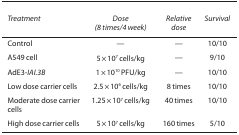
<table><thead><tr><td><b><i>Treatment</i></b></td><td><b><i>Dose (8 times/4 week)</i></b></td><td><b><i>Relative dose</i></b></td><td><b><i>Survival</i></b></td></tr></thead><tbody><tr><td>Control</td><td>—</td><td>—</td><td>10/10</td></tr><tr><td>A549 cell</td><td>5 × 10<sup>7</sup> cells/kg</td><td>—</td><td>9/10</td></tr><tr><td>AdE3-<i>IAI.3B</i></td><td>1 × 10<sup>10</sup> PFU/kg</td><td>—</td><td>10/10</td></tr><tr><td>Low dose carrier cells</td><td>2.5 × 10<sup>6</sup> cells/kg</td><td>8 times</td><td>10/10</td></tr><tr><td>Moderate dose carrier cells</td><td>1.25 × 10<sup>7</sup> cells/kg</td><td>40 times</td><td>10/10</td></tr><tr><td>High dose carrier cells</td><td>5 × 10<sup>7</sup> cells/kg</td><td>160 times</td><td>5/10</td></tr></tbody></table>